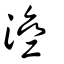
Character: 㴉